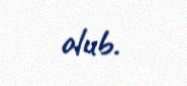
olub.